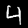
Digit: 4